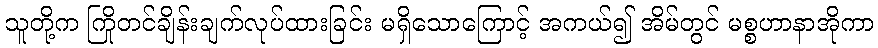
သူတို့က ကြိုတင်ချိန်းချက်လုပ်ထားခြင်း မရှိသောကြောင့် အကယ်၍ အိမ်တွင် မစ္စဟာနာအိုကာ